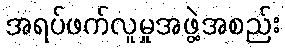
အရပ်ဖက်လူမှုအဖွဲ့အစည်း